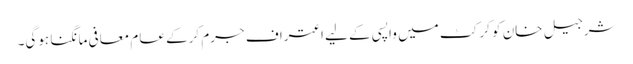
شرجیل خان کو کرکٹ میں واپسی کے لیے اعتراف جرم کرکے عام معافی مانگنا ہوگی۔